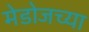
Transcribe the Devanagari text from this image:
मेडोजच्या